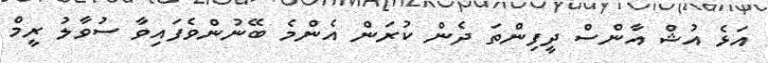
އަޅެ އުޝް އާންސް ދީފިންތަ ދެން ކުރަން އެންމެ ބޭނުންވެފައިވާ ސުވާލު ރީމް